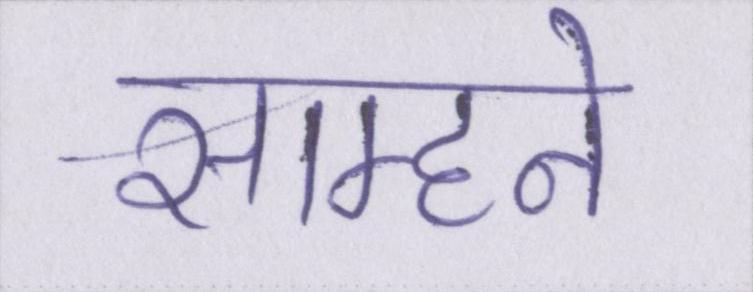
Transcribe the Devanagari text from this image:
साम्हने